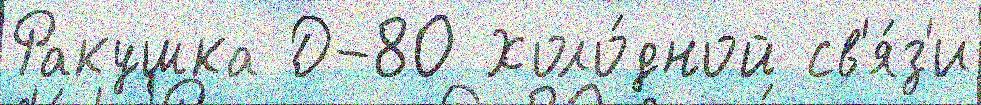
Ракушка Д-80 Холо́дной св'я́з'и